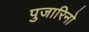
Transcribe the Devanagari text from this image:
पुजारिनो